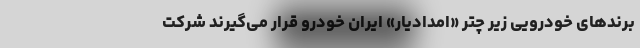
برندهای خودرویی زیر چتر «امدادیار» ایران خودرو قرار می‌گیرند شرکت